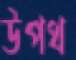
উপথ